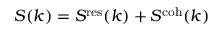
S ( k ) = S ^ { \mathrm { r e s } } ( k ) + S ^ { \mathrm { c o h } } ( k )